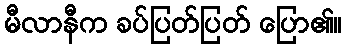
မီလာနီက ခပ်ပြတ်ပြတ် ပြော၏။